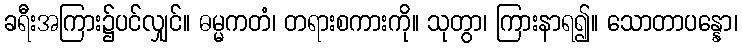
ခရီးအကြား၌ပင်လျှင်။ ဓမ္မကတံ၊ တရားစကားကို။ သုတွာ၊ ကြားနာရ၍။ သောတာပန္နော၊